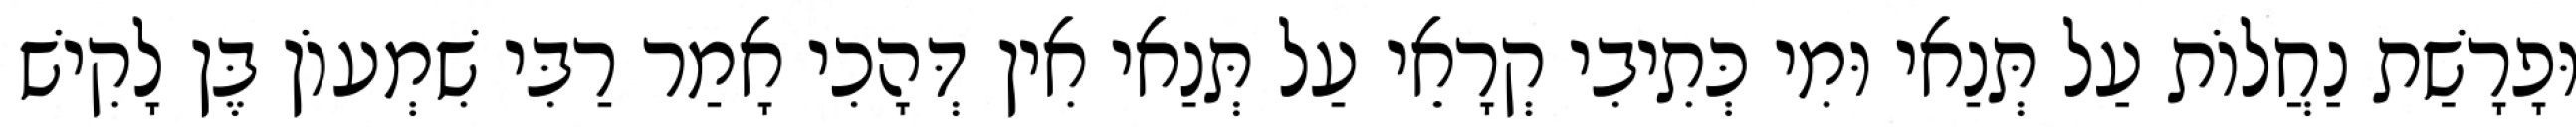
וּפָרָשַׁת נַחֲלוֹת עַל תְּנַאי וּמִי כְּתִיבִי קְרָאֵי עַל תְּנַאי אִין דְּהָכִי אָמַר רַבִּי שִׁמְעוֹן בֶּן לָקִישׁ